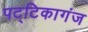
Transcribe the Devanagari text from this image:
पट्टिकागंज